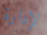
لإدارة